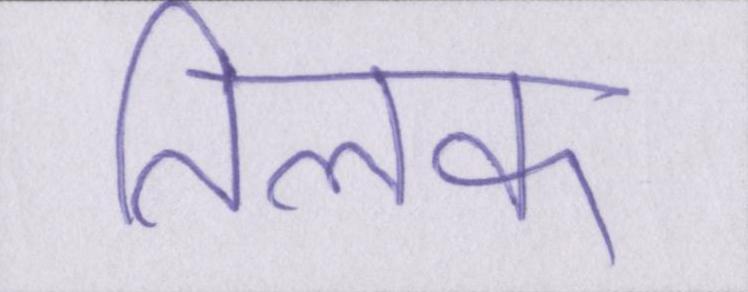
तिलक